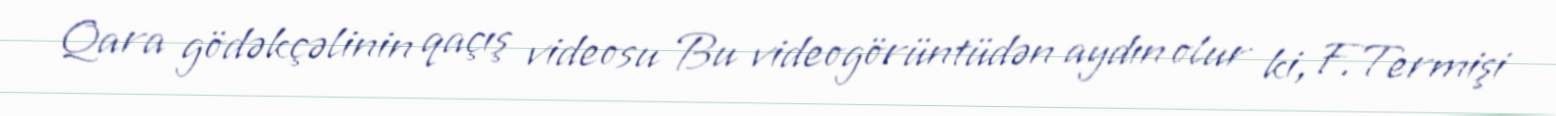
Qara gödəkçəlinin qaçış videosu Bu videogörüntüdən aydın olur ki, F.Termişi